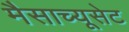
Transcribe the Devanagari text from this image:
मैसाच्यूसेट